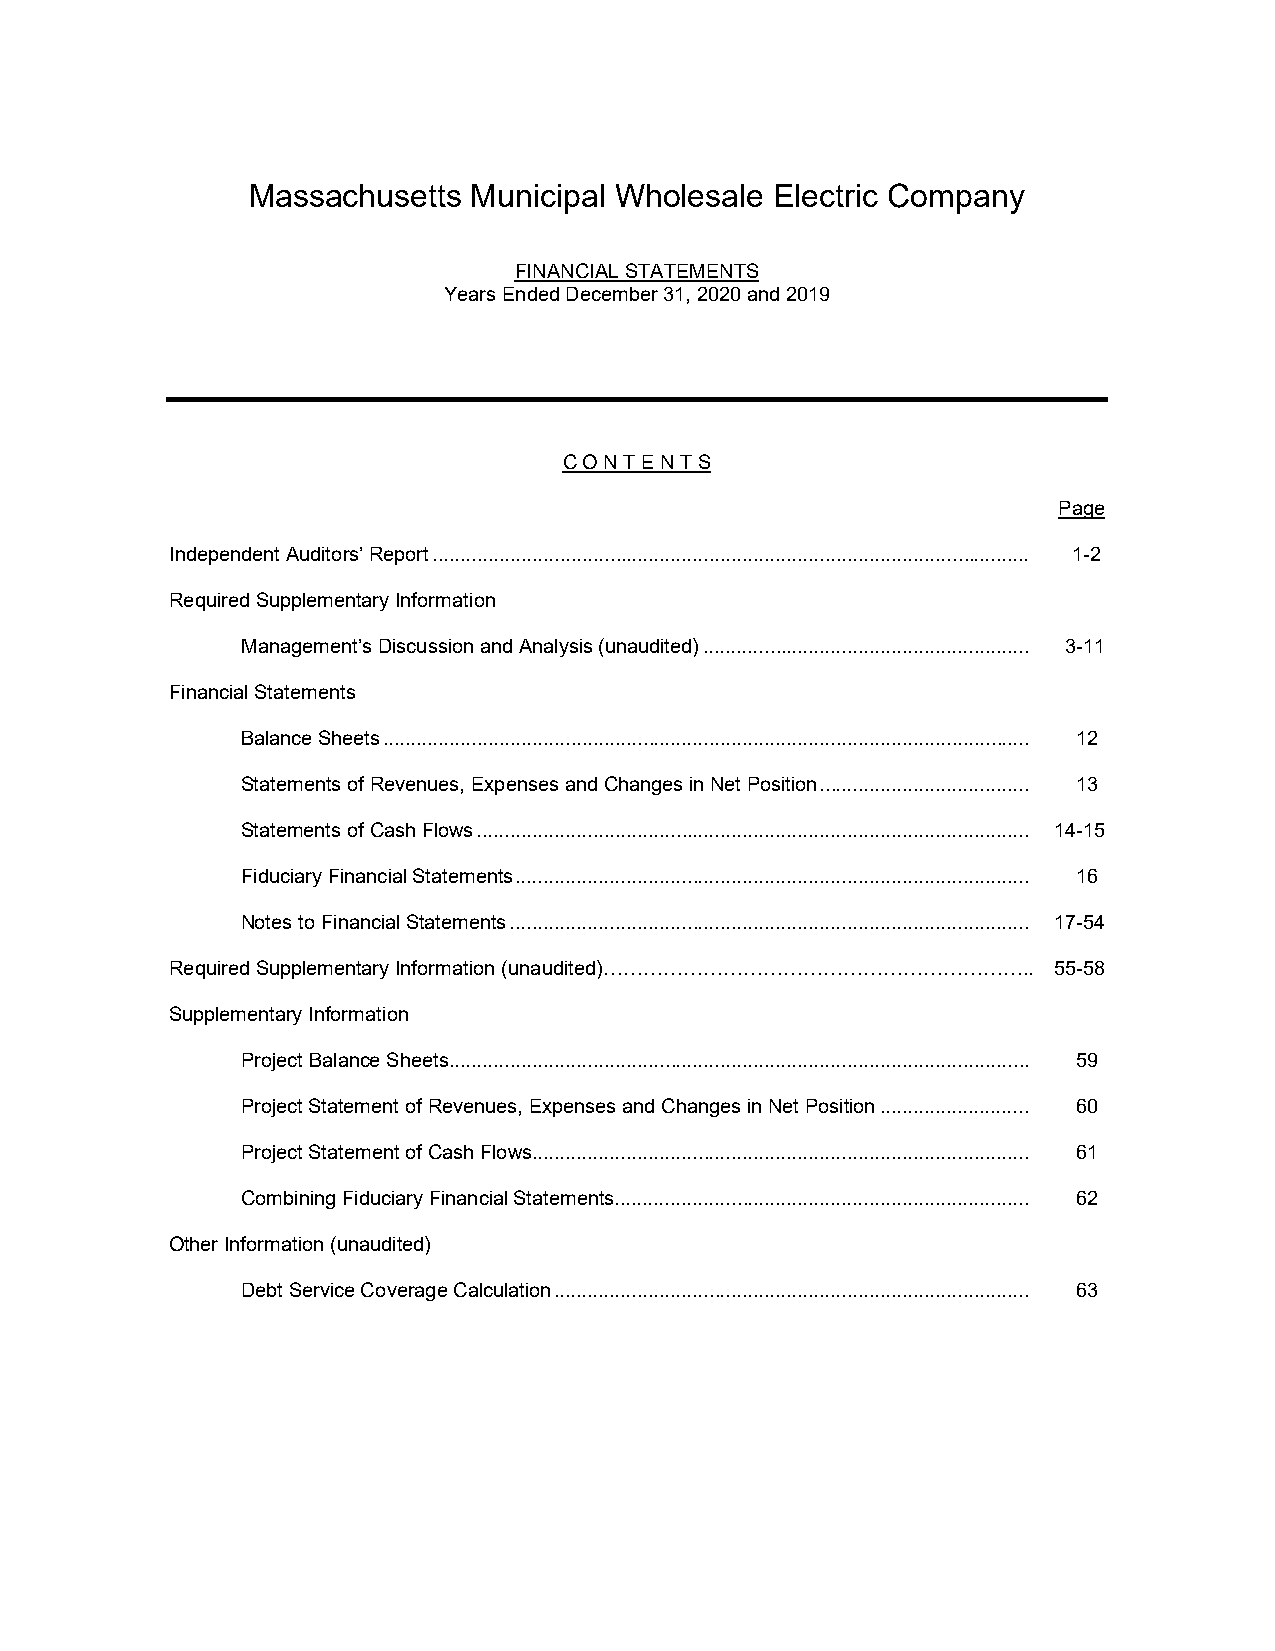
Massachusetts  Municipal Wholesale Electric Company
 FINANCIAL STATEMENTS
 Years Ended December 31, 2020 and 2019
 C O N T E N T S
 Page
 Independent Auditors’ Report ............................................................................................................ 1-2
 Required Supplementary Information
 Management’s Discussion and Analysis (unaudited) ........................................................... 3-11
 Financial Statements
 Balance Sheets ..................................................................................................................... 12
 Statements of Revenues, Expenses and Changes in Net Position ...................................... 13
 Statements of Cash Flows .................................................................................................... 14-15
 Fiduciary Financial Statements ............................................................................................. 16
 Notes to Financial Statements .............................................................................................. 17-54
 Required Supplementary Information (unaudited)……………………………………………………….. 55-58
 Supplementary Information
 Project Balance Sheets ......................................................................................................... 59
 Project Statement of Revenues, Expenses and Changes in Net Position ........................... 60
 Project Statement of Cash Flows .......................................................................................... 61
 Combining Fiduciary Financial Statements........................................................................... 62
 Other Information (unaudited)
 Debt Service Coverage Calculation ...................................................................................... 63